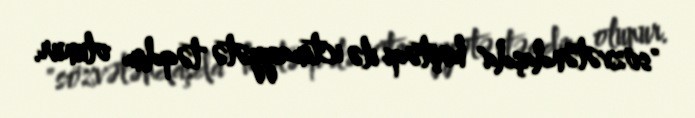
"sözvətəndaşda" həştəqi ilə ictimaiyyətə təqdim olunur.